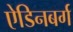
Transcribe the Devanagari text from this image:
ऐडिनबर्ग